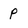
Character: p